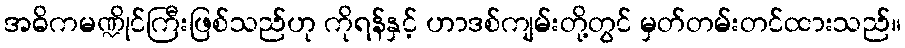
အဓိကမဏ္ဍိုင်ကြီးဖြစ်သည်ဟု ကိုရန်နှင့် ဟာဒစ်ကျမ်းတို့တွင် မှတ်တမ်းတင်ထားသည်။